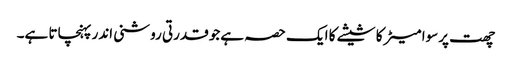
چھت پرسوا میٹر کا شیشے کا ایک حصہ ہےجو قدرتی روشنی اندر پہنچاتا ہے۔